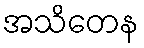
အသိတေန